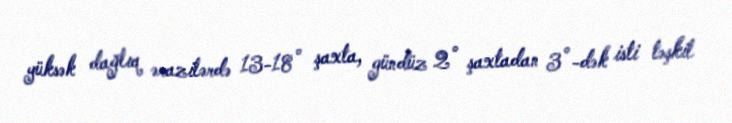
yüksək dağlıq ərazilərdə 13-18° şaxta, gündüz 2° şaxtadan 3°-dək isti təşkil